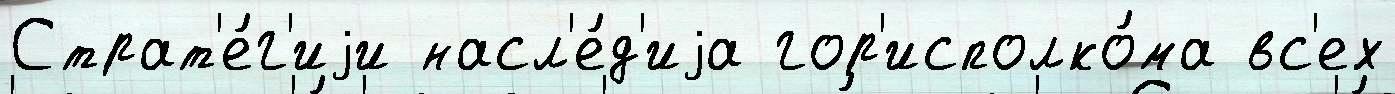
Страт'е́г'иjи насл'е́д'иjа гор'исполко́ма вс'ех